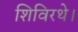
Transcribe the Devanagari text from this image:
शिविरथे।